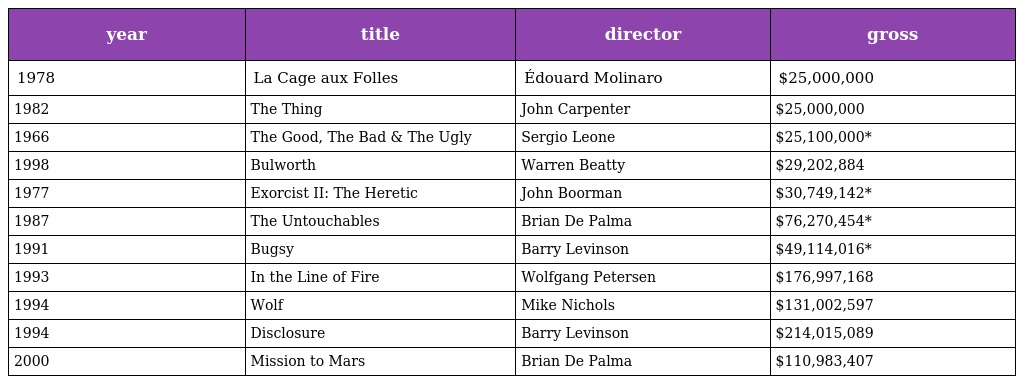
| year | title | director | gross |
 | --- | --- | --- | --- |
 | 1978 | La Cage aux Folles | Édouard Molinaro | $25,000,000 |
 | 1982 | The Thing | John Carpenter | $25,000,000 |
 | 1966 | The Good, The Bad & The Ugly | Sergio Leone | $25,100,000* |
 | 1998 | Bulworth | Warren Beatty | $29,202,884 |
 | 1977 | Exorcist II: The Heretic | John Boorman | $30,749,142* |
 | 1987 | The Untouchables | Brian De Palma | $76,270,454* |
 | 1991 | Bugsy | Barry Levinson | $49,114,016* |
 | 1993 | In the Line of Fire | Wolfgang Petersen | $176,997,168 |
 | 1994 | Wolf | Mike Nichols | $131,002,597 |
 | 1994 | Disclosure | Barry Levinson | $214,015,089 |
 | 2000 | Mission to Mars | Brian De Palma | $110,983,407 |